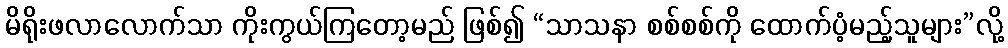
မိရိုးဖလာလောက်သာ ကိုးကွယ်ကြတော့မည် ဖြစ်၍ “သာသနာ စစ်စစ်ကို ထောက်ပံ့မည့်သူများ”လို့